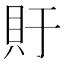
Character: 𫎏